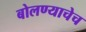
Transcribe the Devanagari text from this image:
बोलण्याचेच